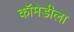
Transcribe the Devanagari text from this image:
कॉमेडीला